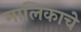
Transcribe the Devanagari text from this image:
मालिकाचे